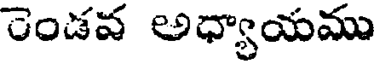
రెండవ అధ్యాయము